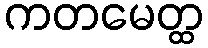
ကတမေတ္ထ